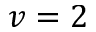
v = 2